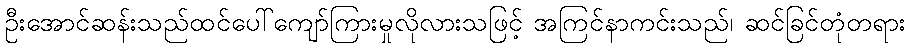
ဦးအောင်ဆန်းသည်ထင်ပေါ်ကျော်ကြားမှုလိုလားသဖြင့် အကြင်နာကင်းသည်၊ ဆင်ခြင်တုံတရား